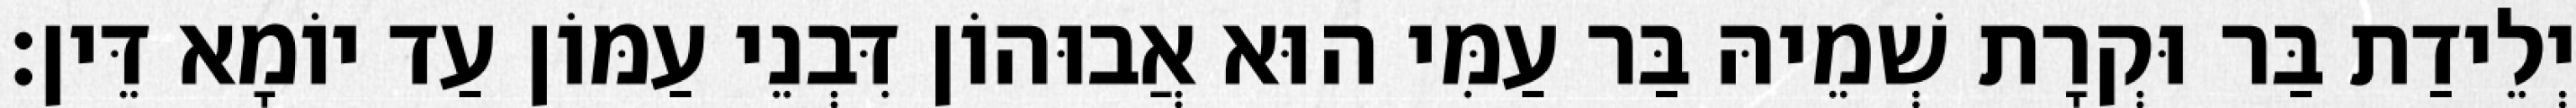
יְלֵידַת בַּר וּקְרָת שְׁמֵיהּ בַּר עַמִּי הוּא אֲבוּהוֹן דִּבְנֵי עַמּוֹן עַד יוֹמָא דֵּין׃